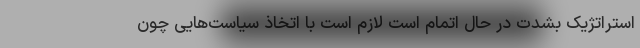
استراتژیک بشدت در حال اتمام است لازم است با اتخاذ سیاست‌هایی چون